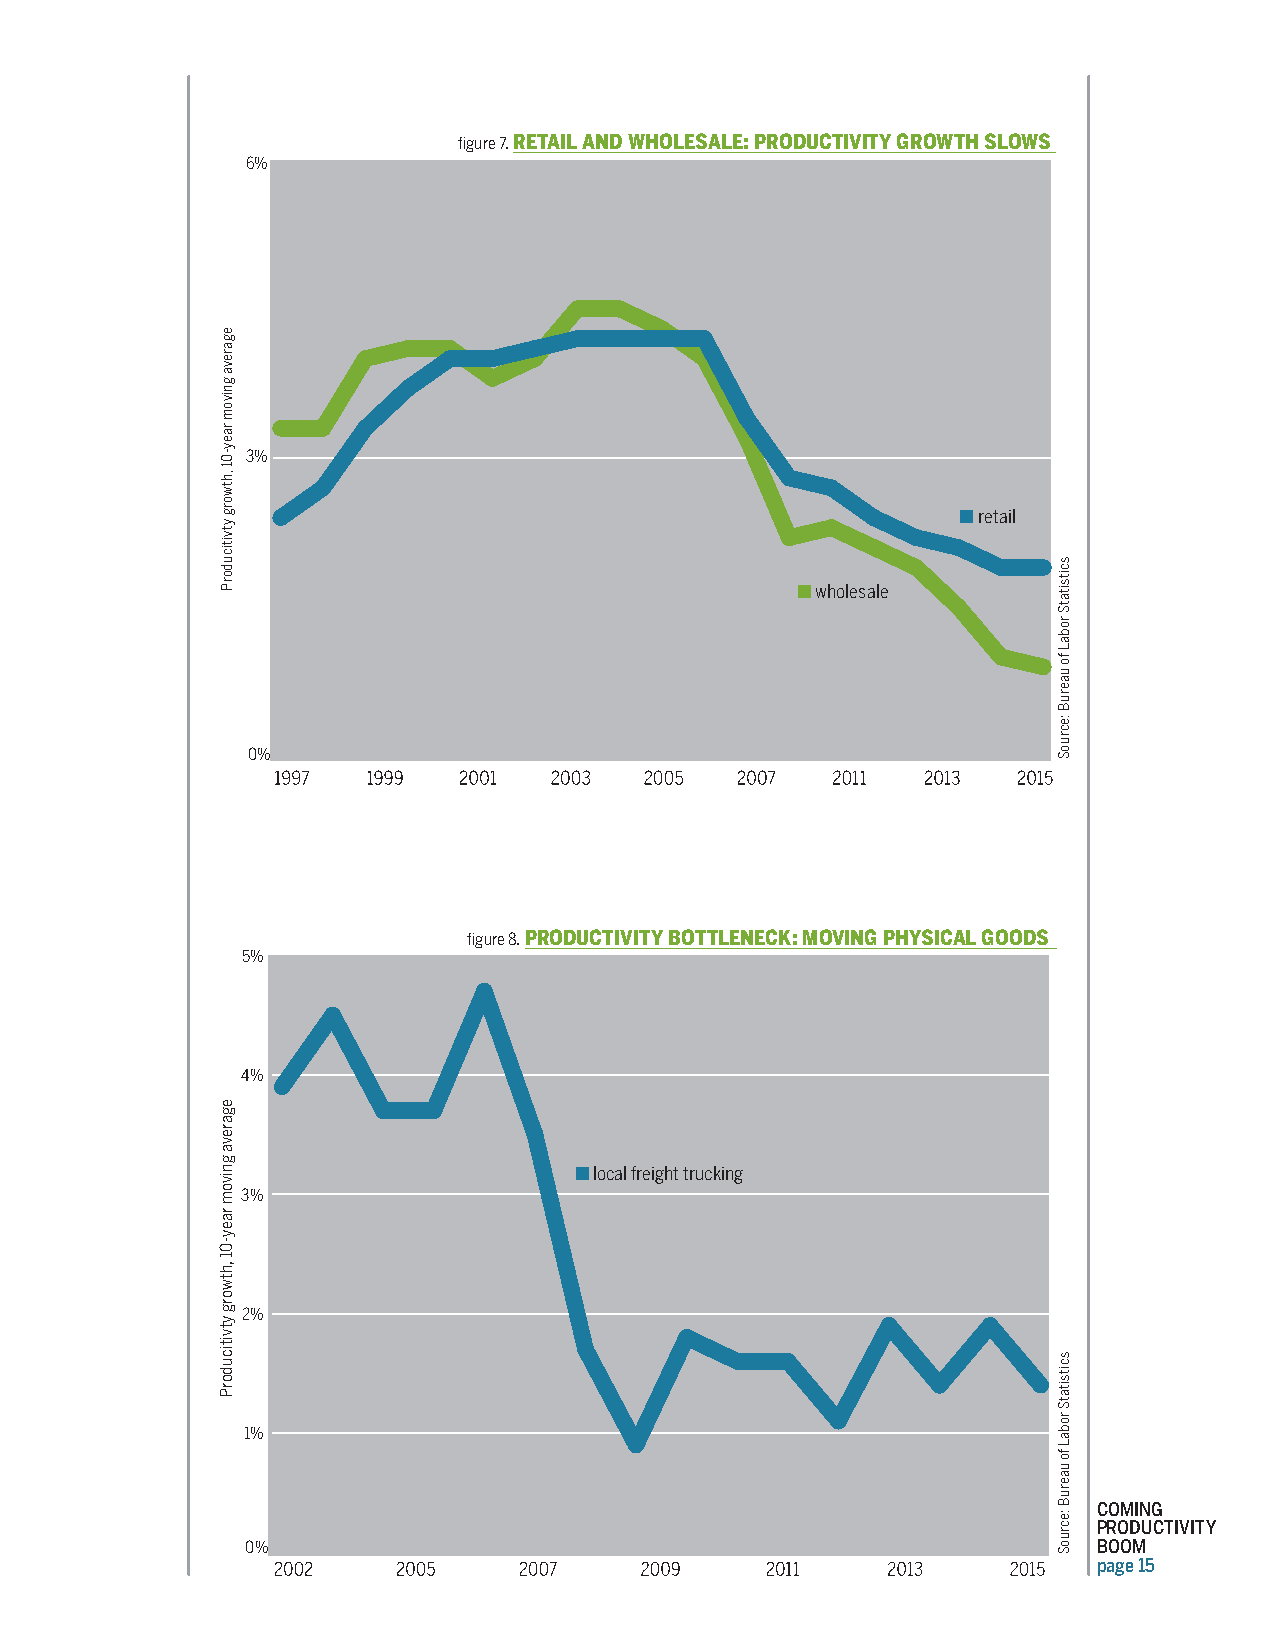
figure 7. RETAIL AND WHOLESALE: PRODUCTIVITY GROWTH SLOWS
 6%
 3%
 ■ retail
 ■ wholesale
 0%
 figure 8. PRODUCTIVITY BOTTLENECK: MOVING PHYSICAL GOODS
 5%
 4%
 ■ local freight trucking
 3%
 2%
 1%
 COMING
 PRODUCTIVITY
 0%                                                       BOOM
 page 15
 egareva
 gnivom
 raey-01
 ,htworg
 ytviticudorP
 egareva
 gnivom
 raey-01
 ,htworg
 ytviticudorP
 scitsitatS
 robaL
 fo
 uaeruB
 :ecruoS
 scitsitatS
 robaL
 fo
 uaeruB
 :ecruoS